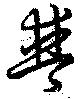
普